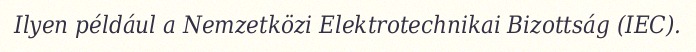
Ilyen például a Nemzetközi Elektrotechnikai Bizottság (IEC).